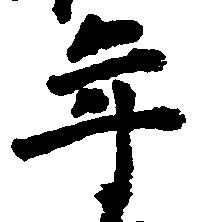
年